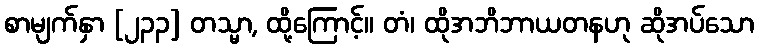
စာမျက်နှာ [၂၃၃] တသ္မာ, ထို့ကြောင့်။ တံ၊ ထိုအဘိဘာယတနဟု ဆိုအပ်သော